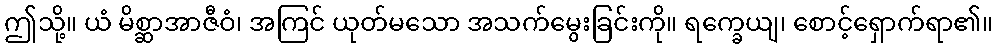
ဤသို့။ ယံ မိစ္ဆာအာဇီဝံ၊ အကြင် ယုတ်မသော အသက်မွေးခြင်းကို။ ရက္ခေယျ၊ စောင့်ရှောက်ရာ၏။